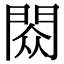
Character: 閦